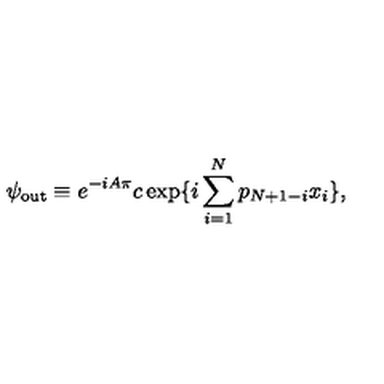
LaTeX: \psi _ { \mathrm { o u t } } \equiv e ^ { - i A \pi } c \exp \{ i \sum _ { i = 1 } ^ { N } p _ { N + 1 - i } x _ { i } \} ,